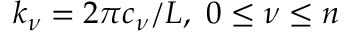
k _ { \nu } = 2 \pi c _ { \nu } / L , \ 0 \leq \nu \leq n